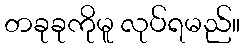
တခုခုကိုမူ လုပ်ရမည်။